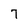
Character: 7